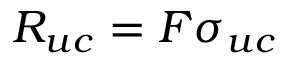
R _ { u c } = F \sigma _ { u c }